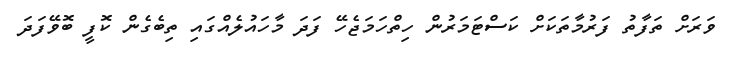
ވަރަށް ތަފާތު ފަރުމާތަކަށް ކަސްޓަމަރުން ހިތްހަމަޖެހޭ ފަދަ މާހައުލެއްގައި ތިބެގެން ކޮފީ ބޮވޭފަދަ